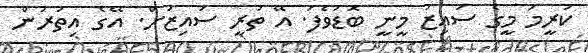
ކުރީމަ މީގެ ސައިޒު މީނީ ބޮޑުވެފަ. އޭ ތުރީ ސައިޒަށް. އޭގެ އިތުރުން